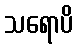
သရောပိ